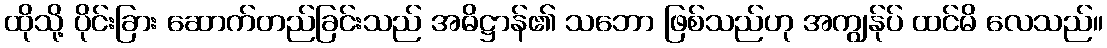
ထိုသို့ ပိုင်းခြား ဆောက်တည်ခြင်းသည် အဓိဋ္ဌာန်၏ သဘော ဖြစ်သည်ဟု အကျွန်ုပ် ထင်မိ လေသည်။